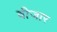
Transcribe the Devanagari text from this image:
वीजार